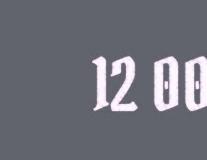
12 00